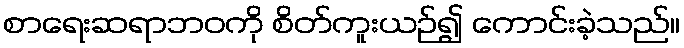
စာရေးဆရာဘဝကို စိတ်ကူးယဉ်၍ ကောင်းခဲ့သည်။